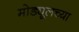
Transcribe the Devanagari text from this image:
मोड्यूलच्या